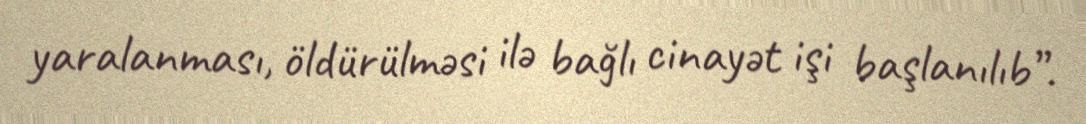
yaralanması, öldürülməsi ilə bağlı cinayət işi başlanılıb”.